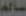
سالم